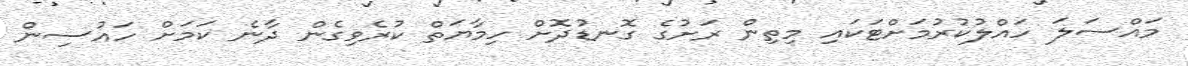
މައްސަލަ ހައްލުކުރުމަށްޓަކައި މިތިން ރަށުގެ ގޮނޑުދޮށް ހިމާޔަތް ކުރެވިގެން ދާނެ ކަމަށް ހައުސިން